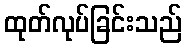
ထုတ်လုပ်ခြင်းသည်